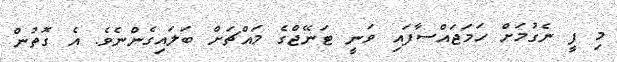
މި ފީ ނެގުމަށް ހަމަޖައްސާފައި ވަނީ ޓަނޭޖްގެ މައްޗަށް ބަލައިގެންނެވެ. އެ ގޮތުން